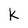
Character: k